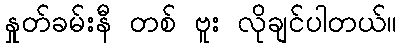
နှုတ်ခမ်းနီ တစ် ဗူး လိုချင်ပါတယ်။